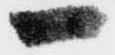
一